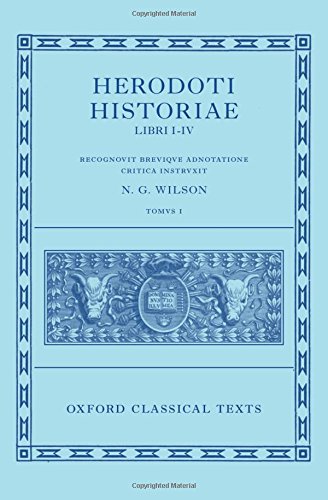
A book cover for Herodoti Historiae: Libri I-IV (Oxford Classical Texts); Literature & Fiction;